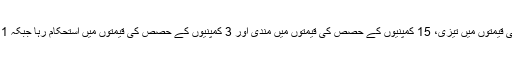
فیوچر ٹریڈنگ میں 125 کمپنیوں کے حصص کی قیمتوں میں تیزی، 15 کمپنیوں کے حصص کی قیمتوں میں مندی اور 3 کمپنیوں کے حصص کی قیمتوں میں استحکام رہا جبکہ 1 کروڑ 26 لاکھ 26 ہزار حصص کا کاروبار ہوا۔